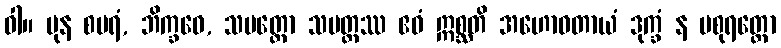
ဝါ။ ပုန စပရံ, ဘိက္ခဝေ, သပတ္တော သပတ္တဿ ဧဝံ ဣစ္ဆတိ အဟောဝတာယံ ဒုက္ခံ န ပစုရတ္ထော